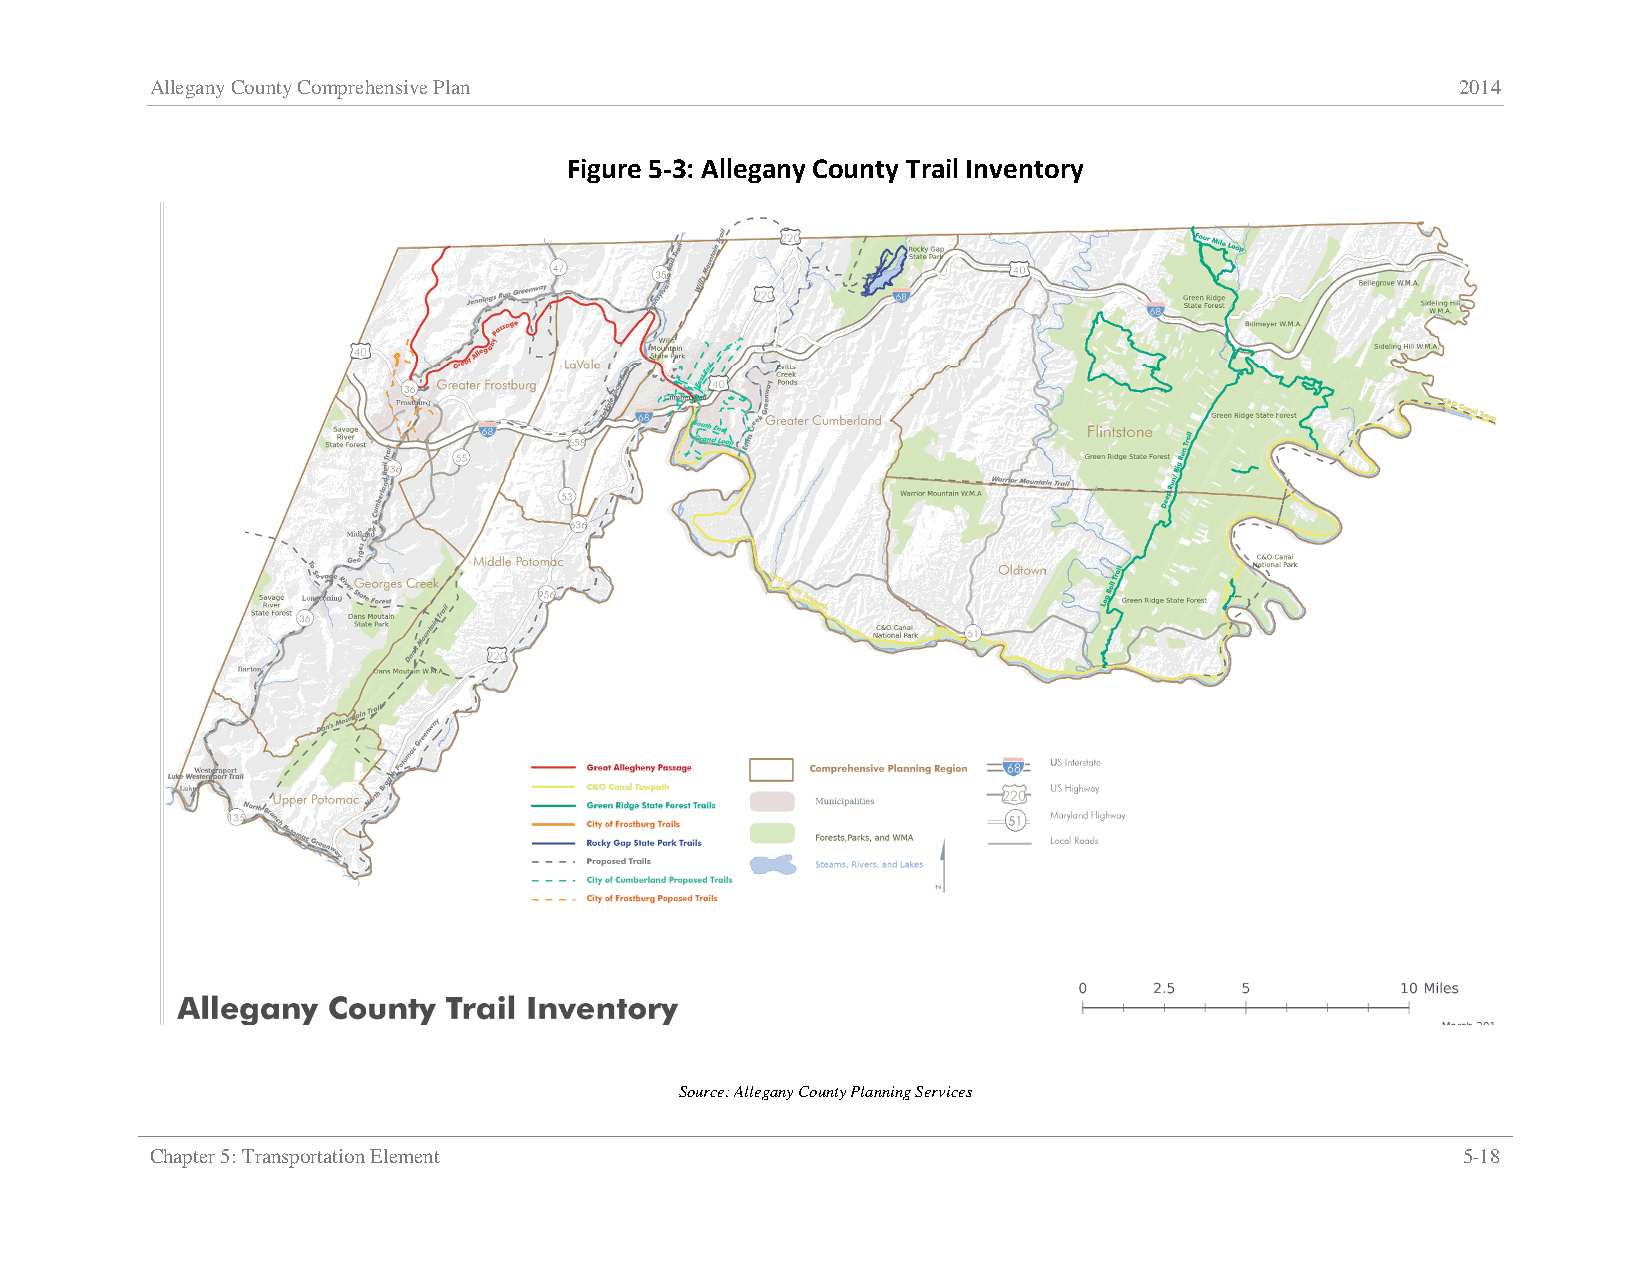
Allegany County Comprehensive Plan                                                     2014
 Figure 5-3: Allegany County Trail Inventory
 Source: Allegany County Planning Services
 Chapter 5: Transportation Element                                                      5-18